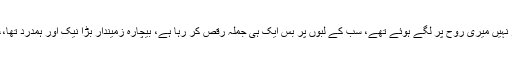
وہ زخم تو میرے جسم پر نہیں میری روح پر لگے ہوئے تھے، سب کے لبوّں پر بس ایک ہی جْملہ رقص کر رہا ہے، بیچارہ زمیندار بڑا نیک اور ہمدرد تھا،،،،، زمیندار کے چمچے!